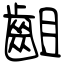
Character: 齟